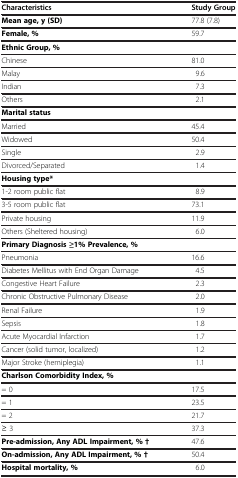
<table><thead><tr><td><b>Characteristics</b></td><td><b>Study Group</b></td></tr></thead><tbody><tr><td><b>Mean age, y (SD)</b></td><td>77.8 (7.8)</td></tr><tr><td><b>Female, %</b></td><td>59.7</td></tr><tr><td><b>Ethnic Group, %</b></td><td> </td></tr><tr><td>Chinese</td><td>81.0</td></tr><tr><td>Malay</td><td>9.6</td></tr><tr><td>Indian</td><td>7.3</td></tr><tr><td>Others</td><td>2.1</td></tr><tr><td><b>Marital status</b></td><td> </td></tr><tr><td>Married</td><td>45.4</td></tr><tr><td>Widowed</td><td>50.4</td></tr><tr><td>Single</td><td>2.9</td></tr><tr><td>Divorced/Separated</td><td>1.4</td></tr><tr><td><b>Housing type*</b></td><td> </td></tr><tr><td>1-2 room public flat</td><td>8.9</td></tr><tr><td>3-5 room public flat</td><td>73.1</td></tr><tr><td>Private housing</td><td>11.9</td></tr><tr><td>Others (Sheltered housing)</td><td>6.0</td></tr><tr><td><b>Primary Diagnosis ≥1% Prevalence, %</b></td><td> </td></tr><tr><td>Pneumonia</td><td>16.6</td></tr><tr><td>Diabetes Mellitus with End Organ Damage</td><td>4.5</td></tr><tr><td>Congestive Heart Failure</td><td>2.3</td></tr><tr><td>Chronic Obstructive Pulmonary Disease</td><td>2.0</td></tr><tr><td>Renal Failure</td><td>1.9</td></tr><tr><td>Sepsis</td><td>1.8</td></tr><tr><td>Acute Myocardial Infarction</td><td>1.7</td></tr><tr><td>Cancer (solid tumor, localized)</td><td>1.2</td></tr><tr><td>Major Stroke (hemiplegia)</td><td>1.1</td></tr><tr><td><b>Charlson Comorbidity Index, %</b></td><td> </td></tr><tr><td>= 0</td><td>17.5</td></tr><tr><td>= 1</td><td>23.5</td></tr><tr><td>= 2</td><td>21.7</td></tr><tr><td>≥ 3</td><td>37.3</td></tr><tr><td><b>Pre-admission, Any ADL Impairment, % †</b></td><td>47.6</td></tr><tr><td><b>On-admission, Any ADL Impairment, % †</b></td><td>50.4</td></tr><tr><td><b>Hospital mortality, %</b></td><td>6.0</td></tr></tbody></table>